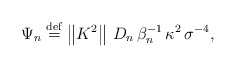
\begin{align*}\Psi _{n}\stackrel{\rm def}{=}\left\| K^{2}\right\| \,D_{n}\,\beta_{n}^{-1}\,\kappa ^{2}\,\sigma ^{-4}, \end{align*}